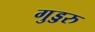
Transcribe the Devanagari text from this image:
गुड्डरु